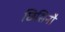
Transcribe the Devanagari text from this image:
छिसिनौ